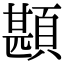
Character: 䫖